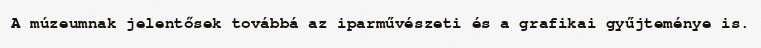
A múzeumnak jelentősek továbbá az iparművészeti és a grafikai gyűjteménye is.